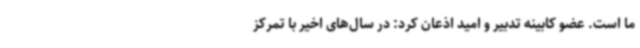
ما است. عضو کابینه تدبیر و امید اذعان کرد: در سال‌های اخیر با تمرکز